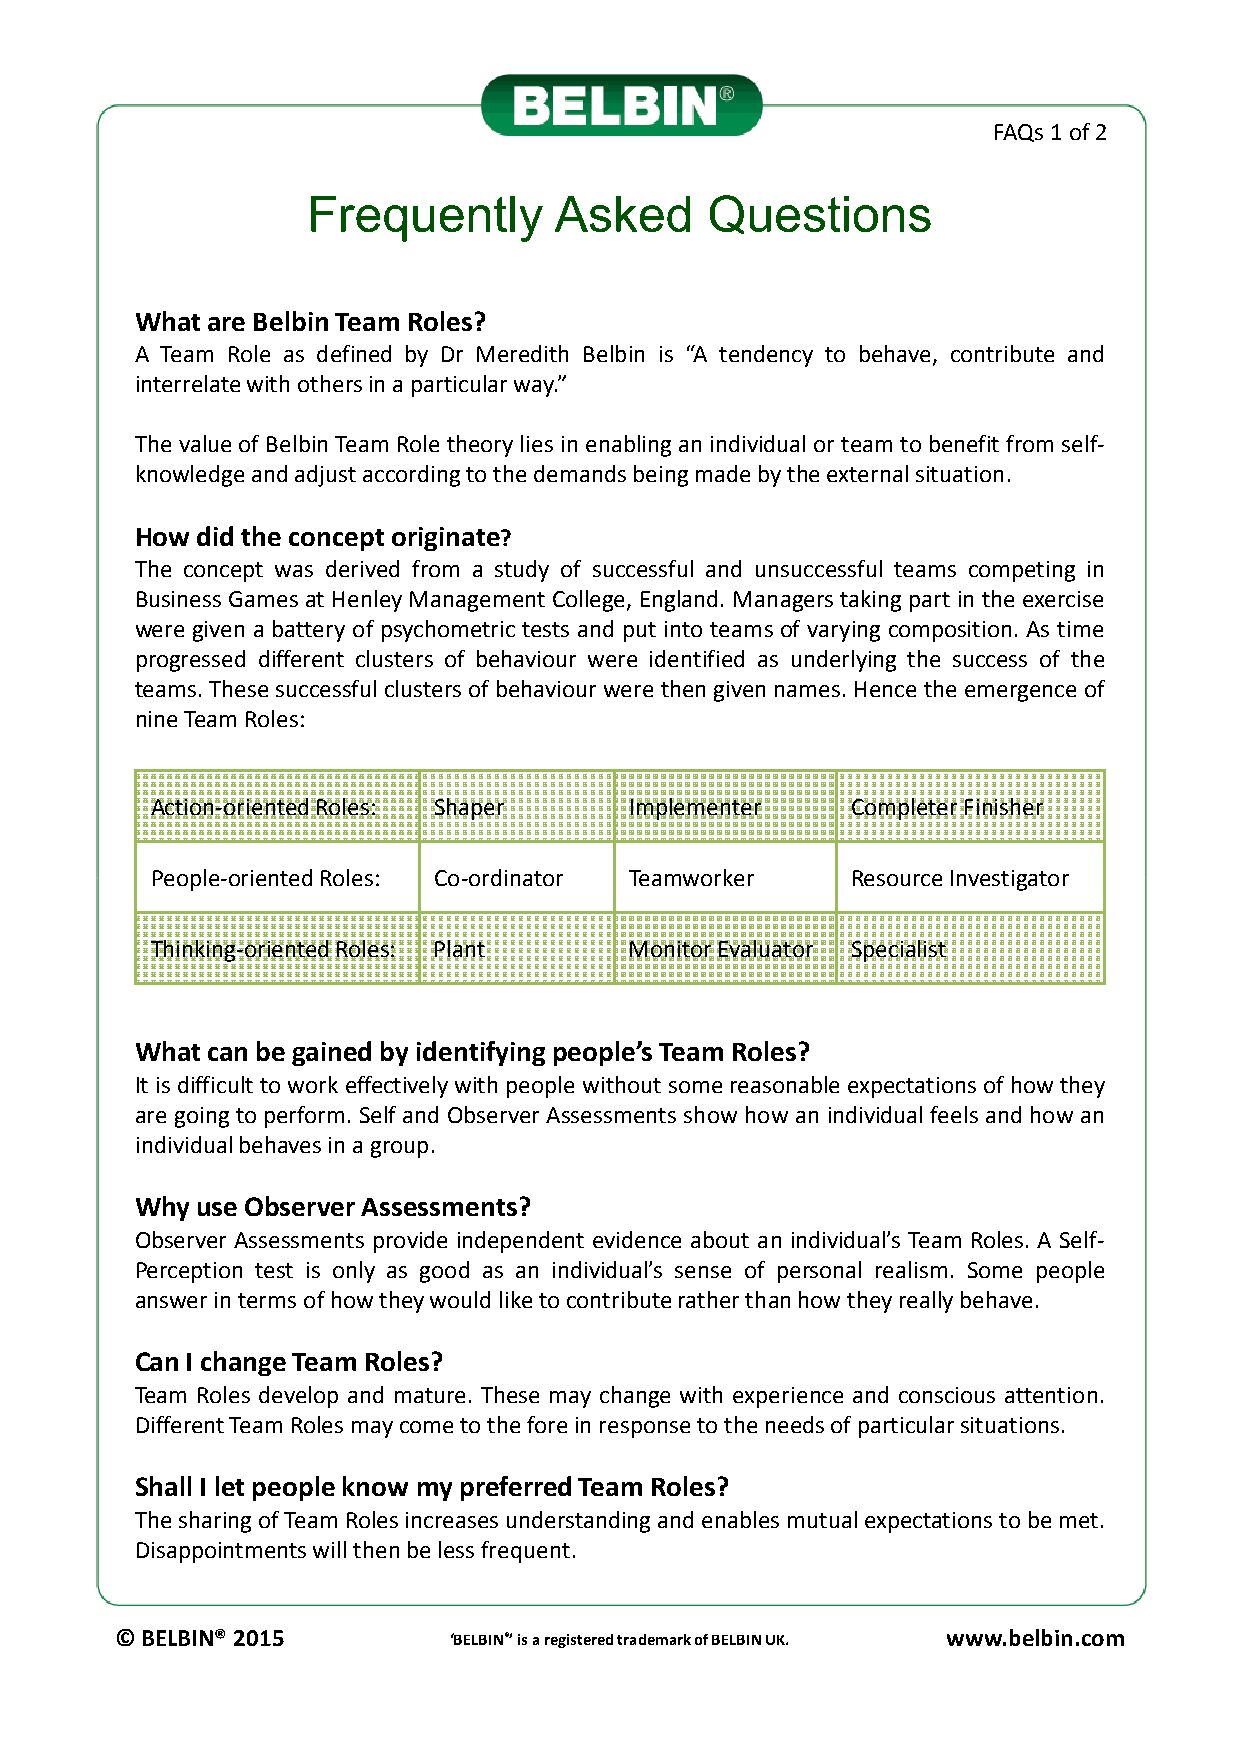
FAQs 1 of 2
 Frequently       Asked     Questions
 WhatareBelbinTeamRoles?
 A Team Role as defined by Dr Meredith Belbin is “A tendency to behave, contribute and
 interrelatewithothersinaparticularway.”
 ThevalueofBelbin TeamRole theoryliesinenablingan individualorteam tobenefitfrom self-
 knowledgeandadjustaccordingtothedemandsbeingmadebytheexternalsituation.
 Howdid theconceptoriginate?
 The concept was derived from a study of successful and unsuccessful teams competing in
 Business Games at Henley Management College, England. Managers takingpart in the exercise
 were given a battery of psychometric tests and put into teams of varying composition. As time
 progressed different clusters of behaviour were identified as underlying the success of the
 teams.These successfulclustersofbehaviourwerethengivennames.Hence theemergence of
 nineTeamRoles:
 Action-oriented Roles: Shaper   Implementer   Completer Finisher
 PPeeooppllee--oorriieenntteedd RRoolleess:: CCoo--oorrddiinnaattoorr TTeeaammwwoorrkkeerr RReessoouurrccee IInnvveessttiiggaattoorr
 Thinking-oriented Roles: Plant  Monitor Evaluator Specialist
 Whatcan be gainedby identifyingpeople’sTeamRoles?
 Itisdifficulttoworkeffectivelywithpeoplewithoutsomereasonableexpectationsofhowthey
 are goingto perform. Self and Observer Assessments show how an individual feels and how an
 individualbehavesinagroup.
 Whyuse ObserverAssessments?
 Observer Assessments provide independent evidence about an individual’s Team Roles. A Self-
 Perception test is only as good as an individual’s sense of personal realism. Some people
 answerintermsofhowtheywouldliketocontributeratherthanhowtheyreallybehave.
 CanI changeTeamRoles?
 Team Roles develop and mature. These may change with experience and conscious attention.
 DifferentTeamRolesmaycometotheforeinresponsetotheneedsofparticularsituations.
 ShallI let peopleknowmy preferredTeamRoles?
 ThesharingofTeamRolesincreasesunderstandingandenablesmutualexpectationstobemet.
 Disappointmentswillthenbelessfrequent.
 © BELBIN® 2015        ‘BELBIN®’ is a registered trademark of BELBIN UK. www.belbin.com